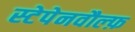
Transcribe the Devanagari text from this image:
स्टेपेनवौल्फ़